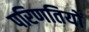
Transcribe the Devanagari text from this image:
परिणतियों